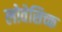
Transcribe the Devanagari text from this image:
लोवेसिच्क